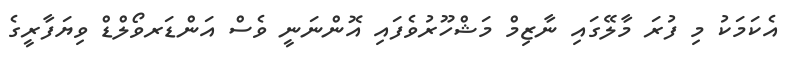
އެކަމަކު މި ފުރަ މާލޭގައި ނާޒިމް މަޝްހޫރުވެފައި އޮންނަނީ ވެސް އަންޑަރވޯލްޑް ވިޔަފާރީގެ